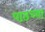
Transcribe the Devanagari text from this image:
पाठच्या